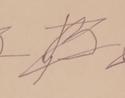
Signature authenticity: forged